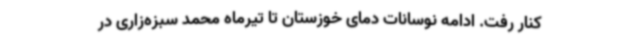
کنار رفت. ادامه نوسانات دمای خوزستان تا تیرماه محمد سبزه‌زاری در